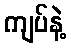
ကျပ်နဲ့